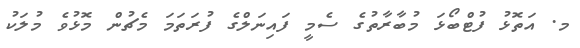
މ. އަތޮޅު ފުޓްބޯޅަ މުބާރާތުގެ ސެމީ ފައިނަލްގެ ފުރަތަމަ މެޗުން މޮޅުވެ މުލަކު